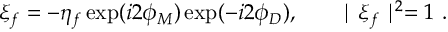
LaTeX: \xi _ { f } = - \eta _ { f } \exp ( i 2 \phi _ { M } ) \exp ( - i 2 \phi _ { D } ) , \qquad \mid \xi _ { f } \mid ^ { 2 } = 1 ~ .